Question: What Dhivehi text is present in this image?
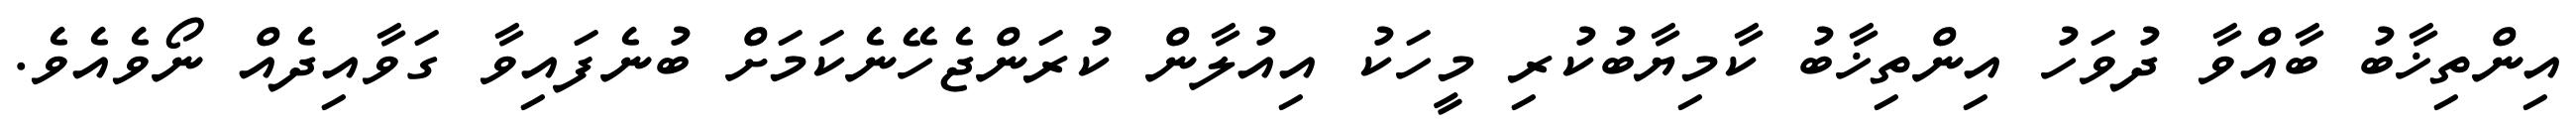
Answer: އިންތިޚާބު ބާއްވާ ދުވަހު އިންތިޚާބު ކާމިޔާބުކުރި މީހަކު އިއުލާން ކުރަންޖެހޭނެކަމަށް ބުނެފައިވާ ގަވާއިދެއް ނޯވެއެވެ.